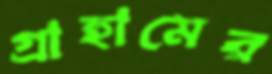
গ্রাহামের